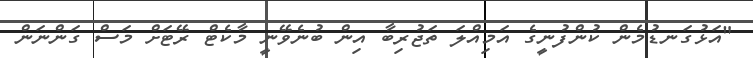
"އަޅުގަނޑުމެން ކުންފުނީގެ އަމިއްލަ ތަޖުރިބާ އިން ބުނެވޭނީ މާކެޓް ރޭޓަށް މަސް ގަންނަން